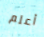
أعلم